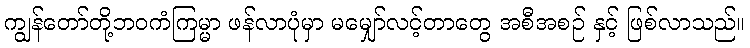
ကျွန်တော်တို့ဘဝကံကြမ္မာ ဖန်လာပုံမှာ မမျှော်လင့်တာတွေ အစီအစဉ် နှင့် ဖြစ်လာသည်။